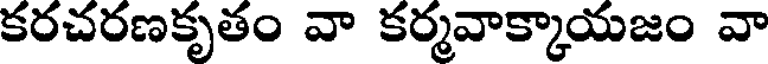
కరచరణకృతం వా కర్మవాక్కాయజం వా